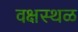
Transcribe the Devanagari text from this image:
वक्षस्थळ